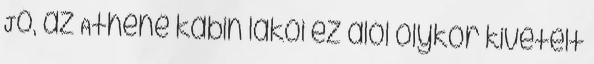
Jó, az Athéné kabin lakói ez alól olykor kivételt